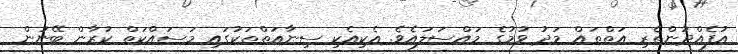
އުފެއްދުންތެރި އަތްތައް މަދު ވުމުގެ މައްސަލައެވެ. އެކިއެކި ސިނާއަތްތަކުގައި މަސައްކަތް ކުރާން ބޭނުން